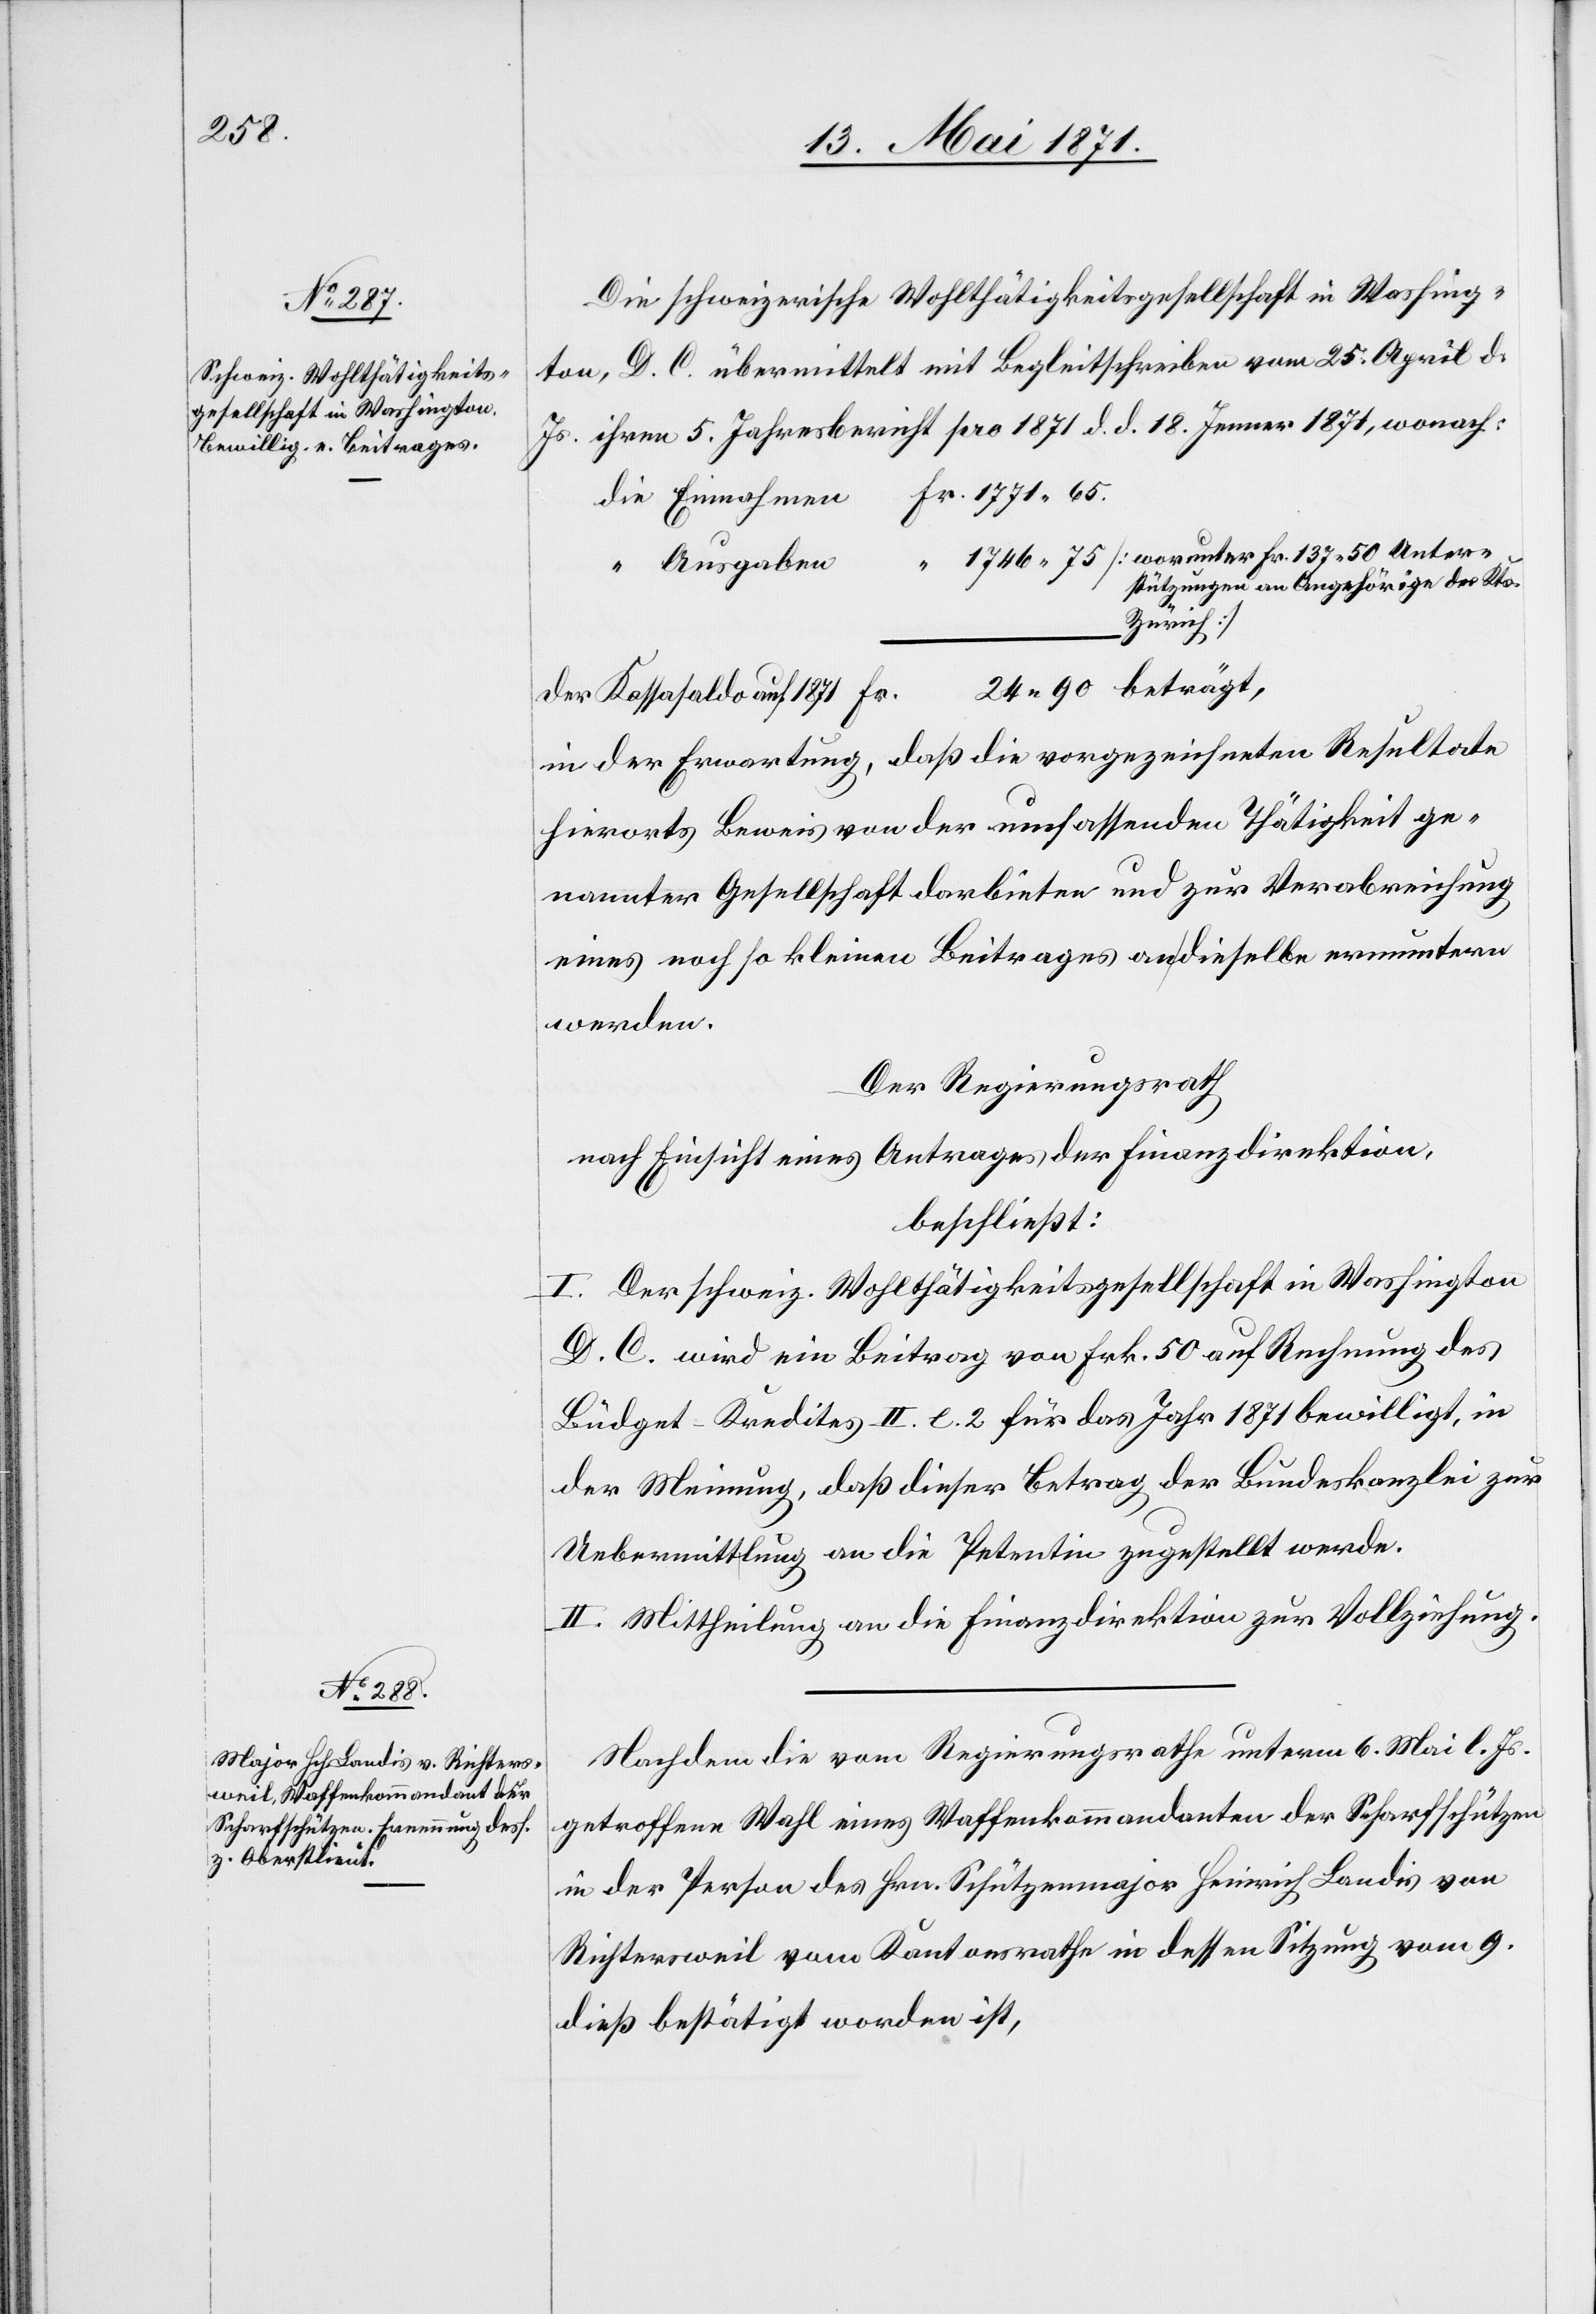
Unter¬

Die schweizerische Wohlthätigkeitsgesellschaft in Washing¬
ton, D. C. übermittelt mit Begleitschreiben vom 25. April d.
Js. ihren 5. Jahresbericht pro 1871 d. d. 18. Jenner 1871, wonach:
Ausgaben
stützung an Angehörige des Kts.
Zürich.]
der Kassasaldo auf 1871
in der Erwartung, daß die vorgezeichneten Resultate
hierorts Beweis von der umfassenden Thätigkeit ge¬
nannter Gesellschaft darbieten und zur Verabreichung
eines noch so kleinen Beitrages an dieselbe ermuntern
werden.
Der Regierungsrath
nach Einsicht eines Antrages der Finanzdirektion,
beschließt:
I. Der schweiz. Wohlthätigkeitsgesellschaft in Washington
D. C. wird ein Beitrag von Frk. 50 auf Rechnung des
Büdget-Kredites II. [?e]. 2 für das Jahr 1871 bewilligt, in
der Meinung, daß dieser Betrag der Bundeskanzlei zur
Uebermittlung an die Petentin zugestellt werde.
II. Mittheilung an die Finanzdirektion zur Vollziehung.
Nachdem die vom Regierungsrathe unterm 6. Mai l. Js.
getroffene Wahl eines Waffenkommandanten der Scharfschützen
in der Person des Hrn. Schützenmajor Heinrich Landis von
Richtersweil vom Kantonsrathe in dessen Sitzung vom 9.
dieß bestätigt worden ist,